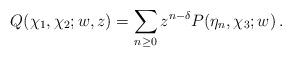
LaTeX: \begin{align*}Q(\chi_1,\chi_2;w,z)=\sum_{n\geq 0}z^{n-\delta}P(\eta_n,\chi_3;w)\,.\end{align*}